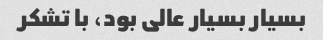
بسیار بسیار عالی بود، با تشکر